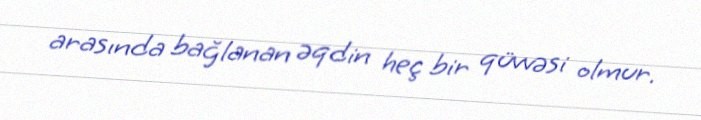
arasında bağlanan əqdin heç bir qüvvəsi olmur.